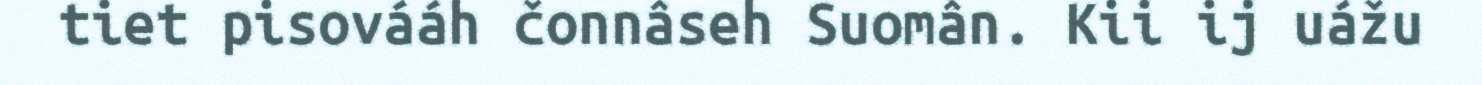
tiet pisovááh čonnâseh Suomân. Kii ij uážu